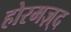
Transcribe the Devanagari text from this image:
होरमज़्द